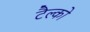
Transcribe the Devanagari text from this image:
टैल्को